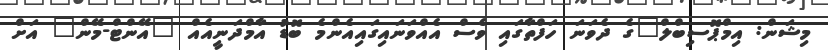
މިޝަން: އިމްޕޮސިބްލް"ގެ ދެވަނަ ހަފްތާގައި ވެސް އެއްވަނައިގައިއެންމެ ބޮޑު އާމްދަނީއެއް "އޭންޓް-މޭން" އަށް